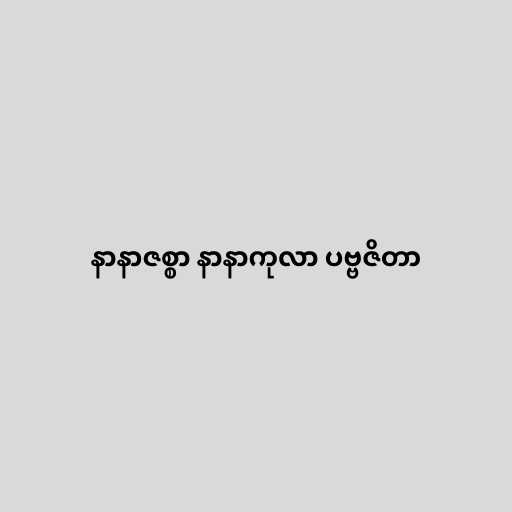
နာနာဇစ္စာ နာနာကုလာ ပဗ္ဗဇိတာ